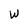
Character: W